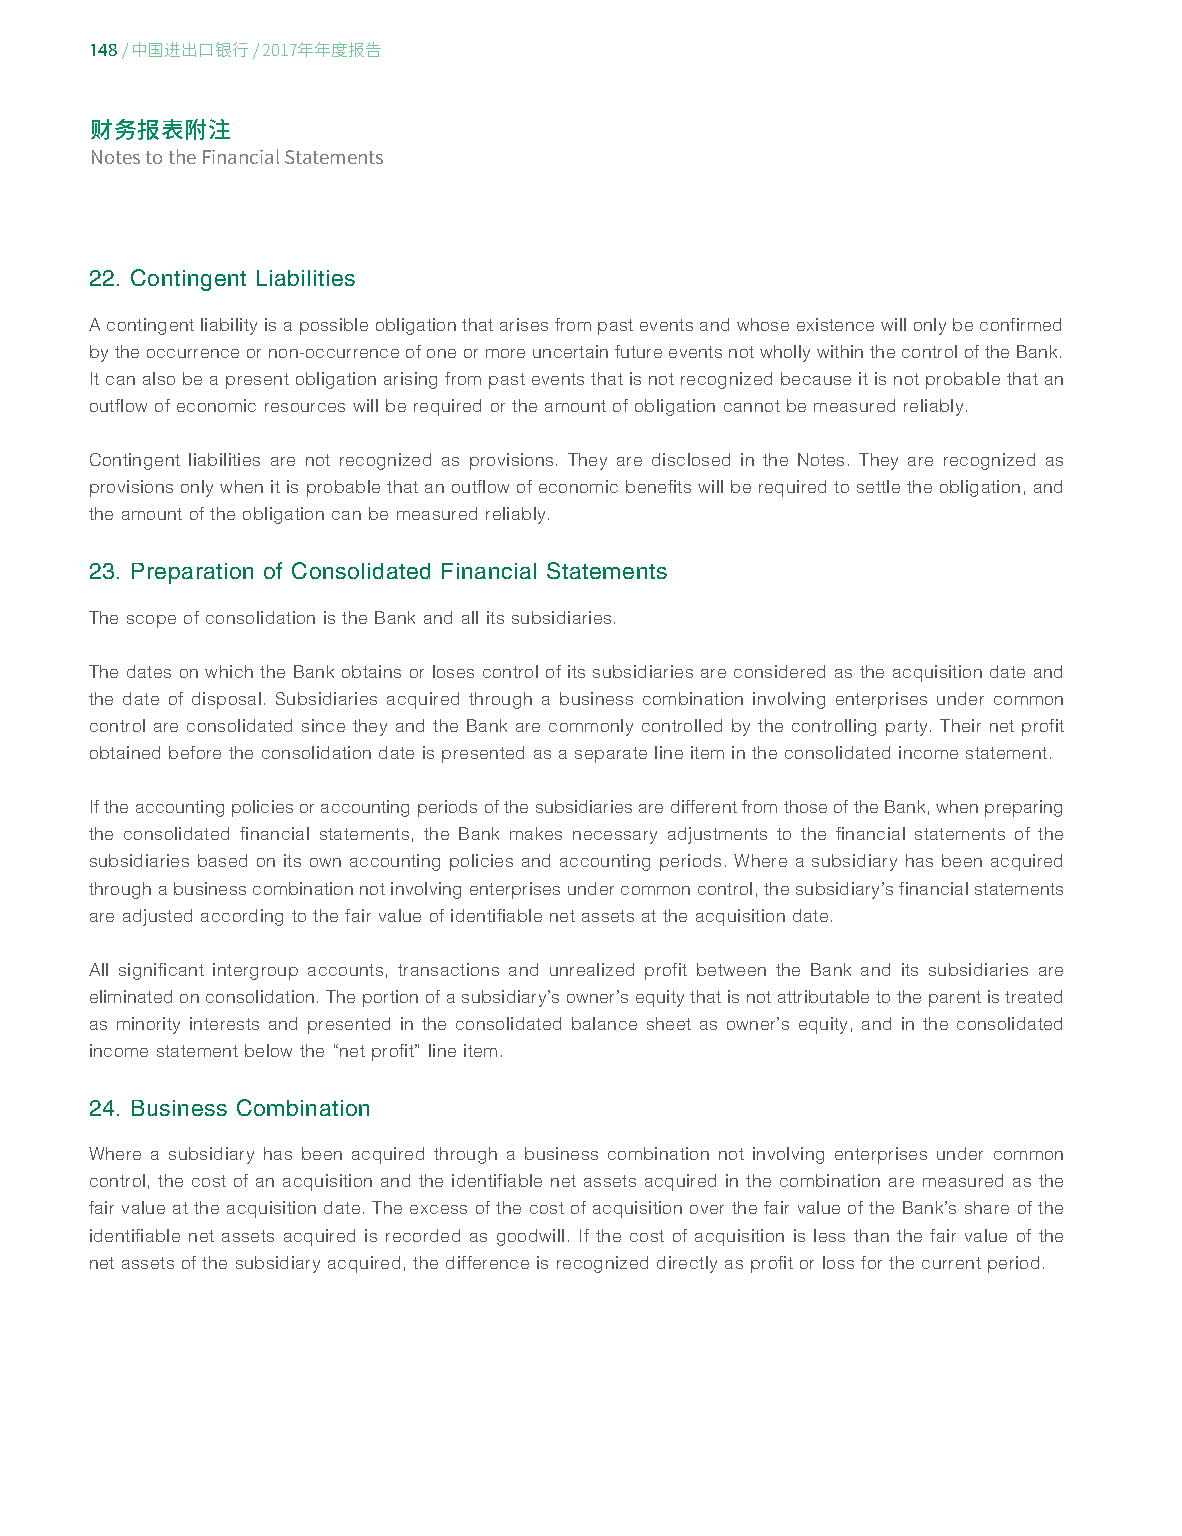
148
 / 中国进出口银行/ 2017年年度报告
 财务报表附注
 Notes to the Financial Statements
 22. Contingent Liabilities
 A contingent liability is a possible obligation that arises from past events and whose existence will only be confirmed
 by the occurrence or non-occurrence of one or more uncertain future events not wholly within the control of the Bank.
 It can also be a present obligation arising from past events that is not recognized because it is not probable that an
 outflow of economic resources will be required or the amount of obligation cannot be measured reliably.
 Contingent liabilities are not recognized as provisions. They are disclosed in the Notes. They are recognized as
 provisions only when it is probable that an outflow of economic benefits will be required to settle the obligation, and
 the amount of the obligation can be measured reliably.
 23. Preparation of Consolidated Financial Statements
 The scope of consolidation is the Bank and all its subsidiaries.
 The dates on which the Bank obtains or loses control of its subsidiaries are considered as the acquisition date and
 the date of disposal. Subsidiaries acquired through a business combination involving enterprises under common
 control are consolidated since they and the Bank are commonly controlled by the controlling party. Their net profit
 obtained before the consolidation date is presented as a separate line item in the consolidated income statement.
 If the accounting policies or accounting periods of the subsidiaries are different from those of the Bank, when preparing
 the consolidated financial statements, the Bank makes necessary adjustments to the financial statements of the
 subsidiaries based on its own accounting policies and accounting periods. Where a subsidiary has been acquired
 through a business combination not involving enterprises under common control, the subsidiary’s financial statements
 are adjusted according to the fair value of identifiable net assets at the acquisition date.
 All significant intergroup accounts, transactions and unrealized profit between the Bank and its subsidiaries are
 eliminated on consolidation. The portion of a subsidiary’s owner’s equity that is not attributable to the parent is treated
 as minority interests and presented in the consolidated balance sheet as owner’s equity, and in the consolidated
 income statement below the “net profit” line item.
 24. Business Combination
 Where a subsidiary has been acquired through a business combination not involving enterprises under common
 control, the cost of an acquisition and the identifiable net assets acquired in the combination are measured as the
 fair value at the acquisition date. The excess of the cost of acquisition over the fair value of the Bank’s share of the
 identifiable net assets acquired is recorded as goodwill. If the cost of acquisition is less than the fair value of the
 net assets of the subsidiary acquired, the difference is recognized directly as profit or loss for the current period.